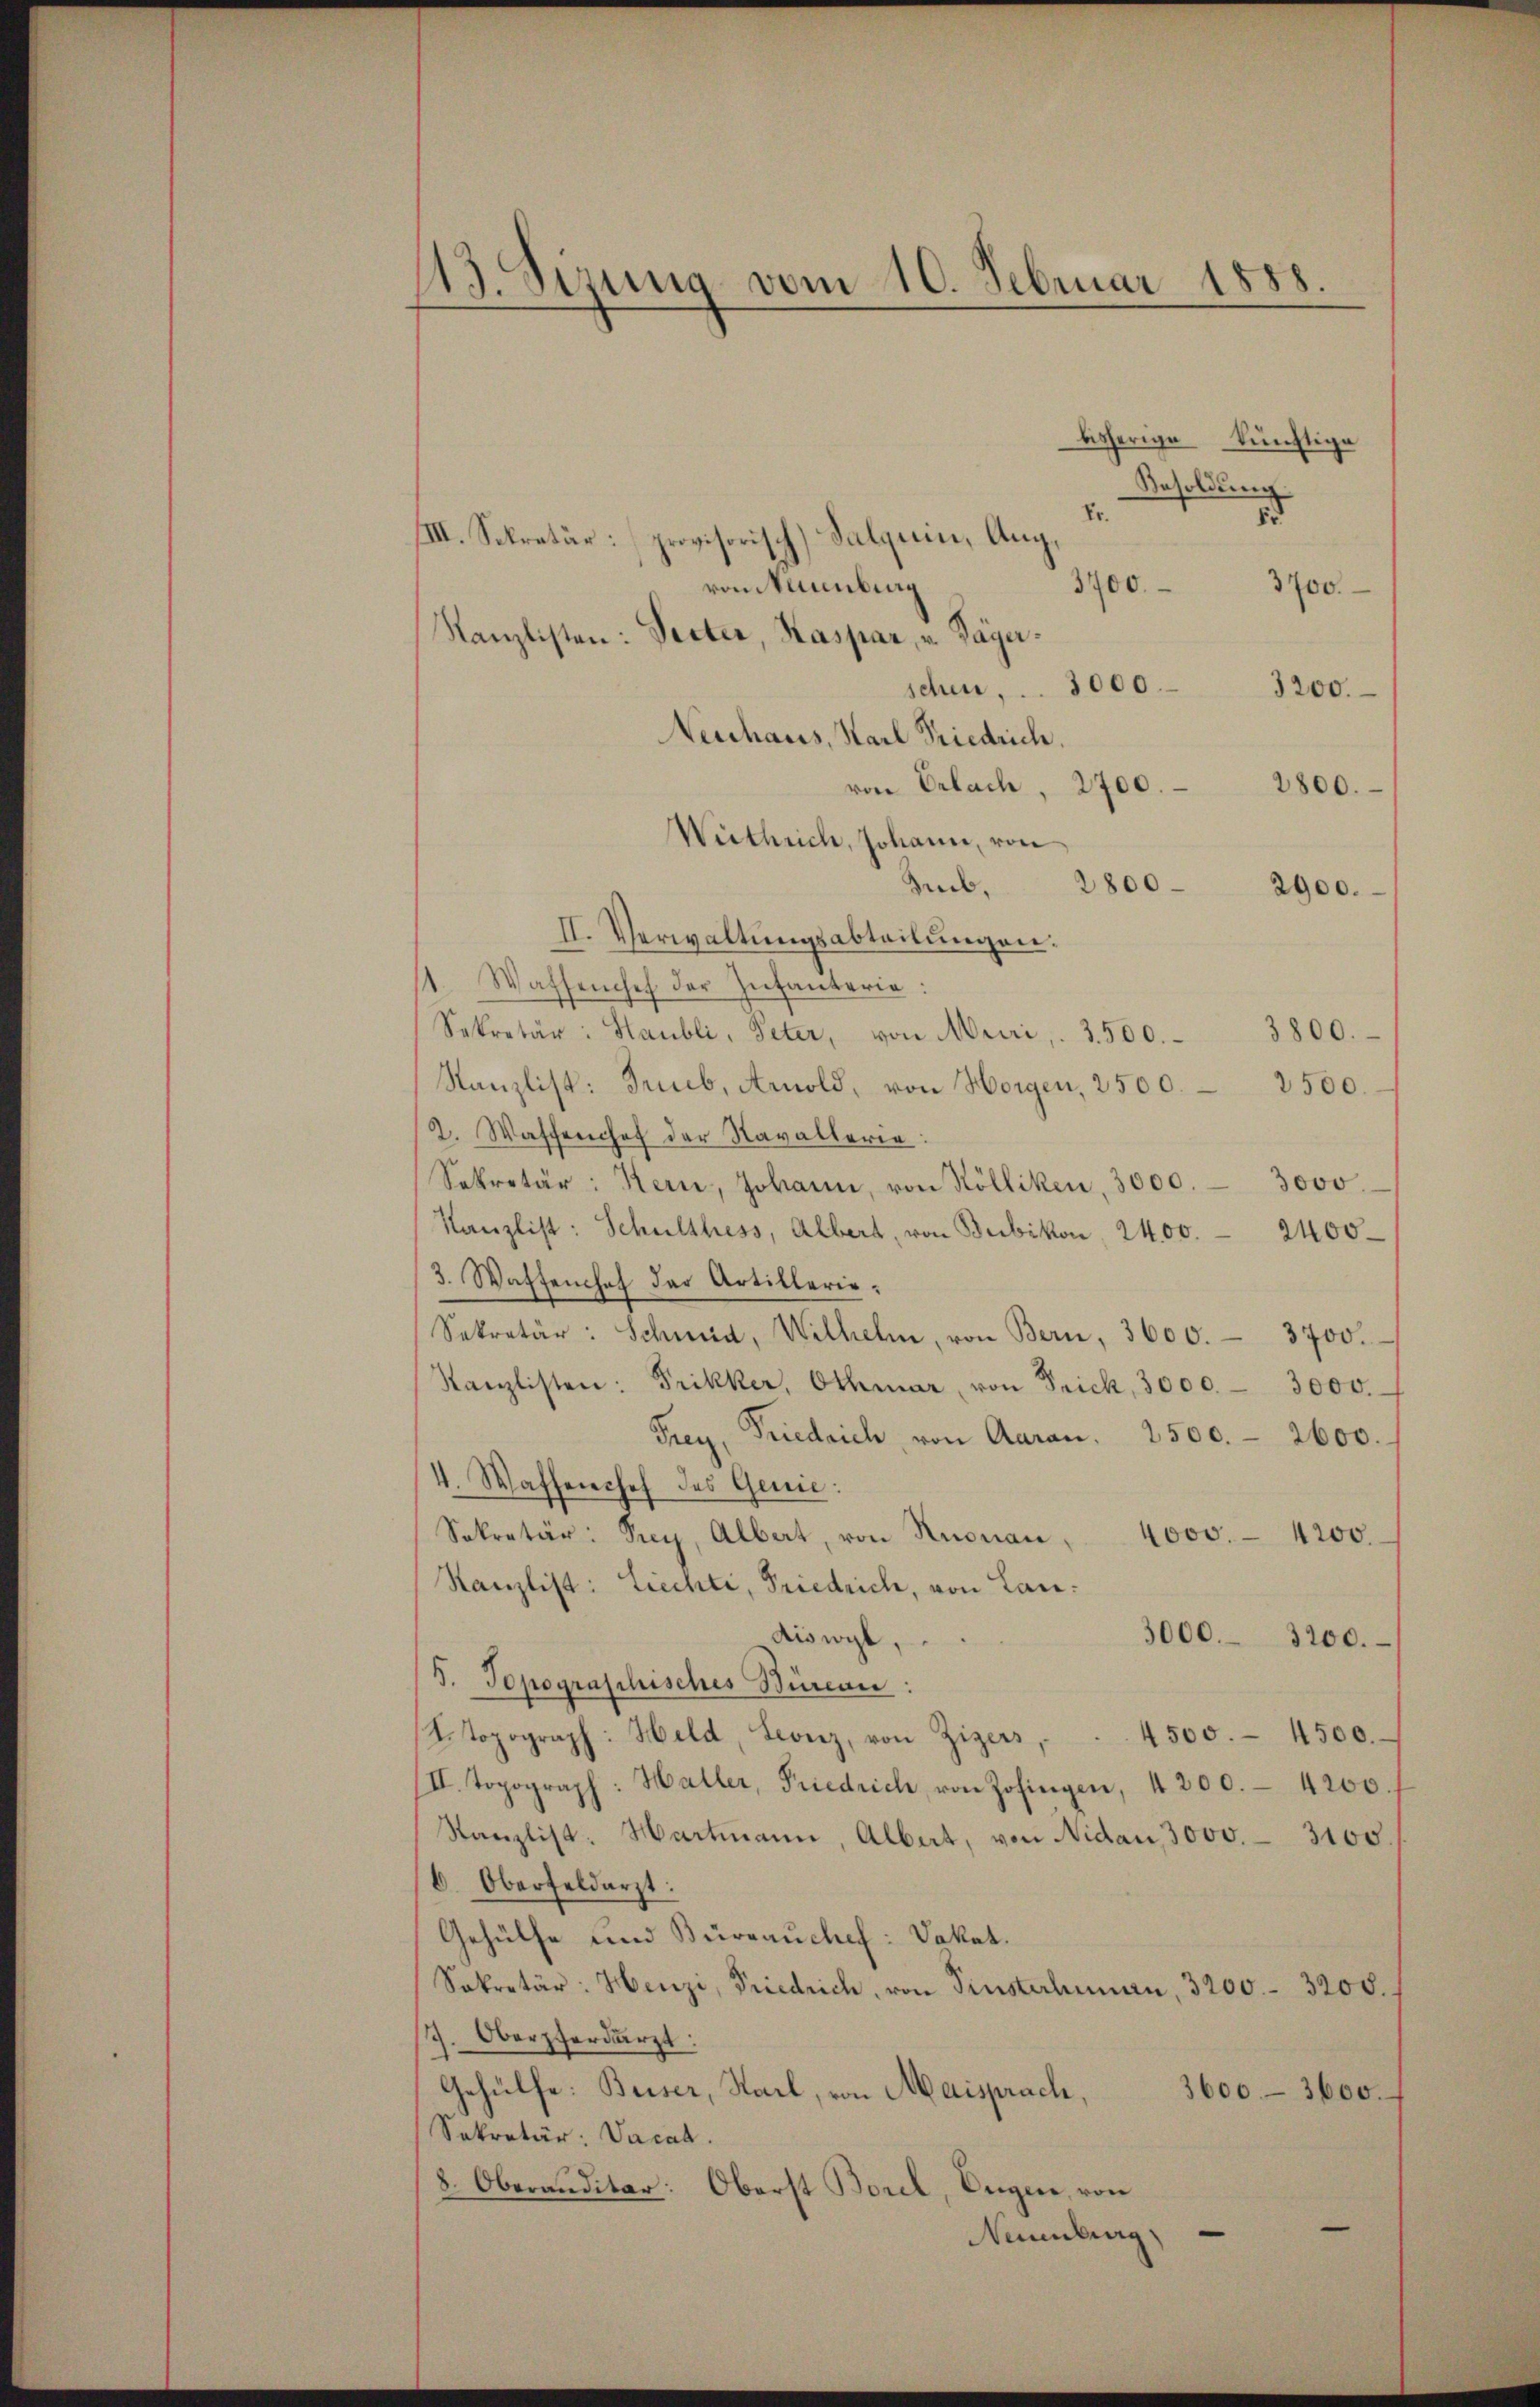
13. Sizung vom 10. Februar 1858.

bisherige künftige
Resoldung
Er.
1
IIII. Sekretär: provisorisch) Salquin, Aug.
3700.
von umbirg
3700.
Kanzlisten: Verter, Kaspar, v. Tagerschen, . . 3000. 3200.
Neuhaus, Karl Friedrich.
2800.
von Erlach, 2700.
Wirtheich, Johann, von
Zub. 2800
2900.
II. Verwaltungsabteilungen:
1. Wassenhef der Infanterie:
Sekretär: Staubli, Peter, von Muri, 3500. 3800.
Kanzlist: Trieb, Amold, von Horgen, 2500. 2500.
2. Wassenhof der Navallerie
Sekretär: Kern, Johann, von Kölliken, 3000. 3000.
Kanzlist: Schulthess, Albert, von Bubikon, 2400. 2400
3. Waffenhof der Artillerie¬
Sekretär: Schmid, Wilhelm, von Bern, 3600. 3700.
Kanzlisten: Frikker, Othmar von Frick, 3000.- 3000.
Frey, Friedrich, von Aaran. 2500. 2600.
V. Wassenchef des Genie:
Sekretär: Prey, Albert, von Knonau, 4000. 4200.
Kanzlist: Liechte, Friedrich, von Lan¬
Aiswyl,
3000. 3200.
S. Topographisches Büreau:
Itopograph: Held, Leonz, von Zigers . 4500. 4500.
III. Topograph: Haller, Friedrich, von Zofingen, 4200. 4200.
Kanzlist. Hartmann, Albat, von Nidau, 3000. 3100.
b. Oberfeldarzt.
Gehülfe und Büreauchef: Vakat.
Sekretär: Henzi, Friedrich, von Pinsterhinau, 3200.- 3200.
s. Oberpferdärzt
Gehülfe: Beiser, Sail, von Maisprach,
3600-3600.
Sekretär: Vacad.
8. Oberanditar: Oberst Borel, Augen, von
e
Neuenburg,